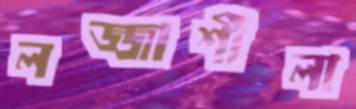
লজ্জাশীলা